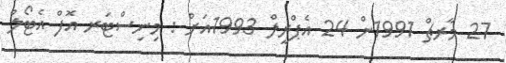
27 މާރޗް 1991ން 24 އެޕްރީލް 1993އަށް : މިނިސްޓަރ އޮފް އެޓޯލް